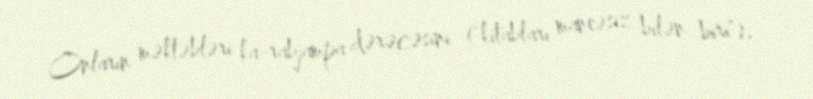
Onların məktəbləri ka-rabjampa dərəcəsini ("kitabları maneəsiz bilən biri"),